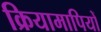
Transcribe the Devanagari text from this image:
क्रियामापियों